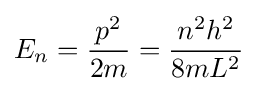
E_{n}={p^{2} \over 2m}={n^{2}h^{2} \over 8mL^{2}}